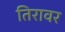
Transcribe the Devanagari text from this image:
तिरावर